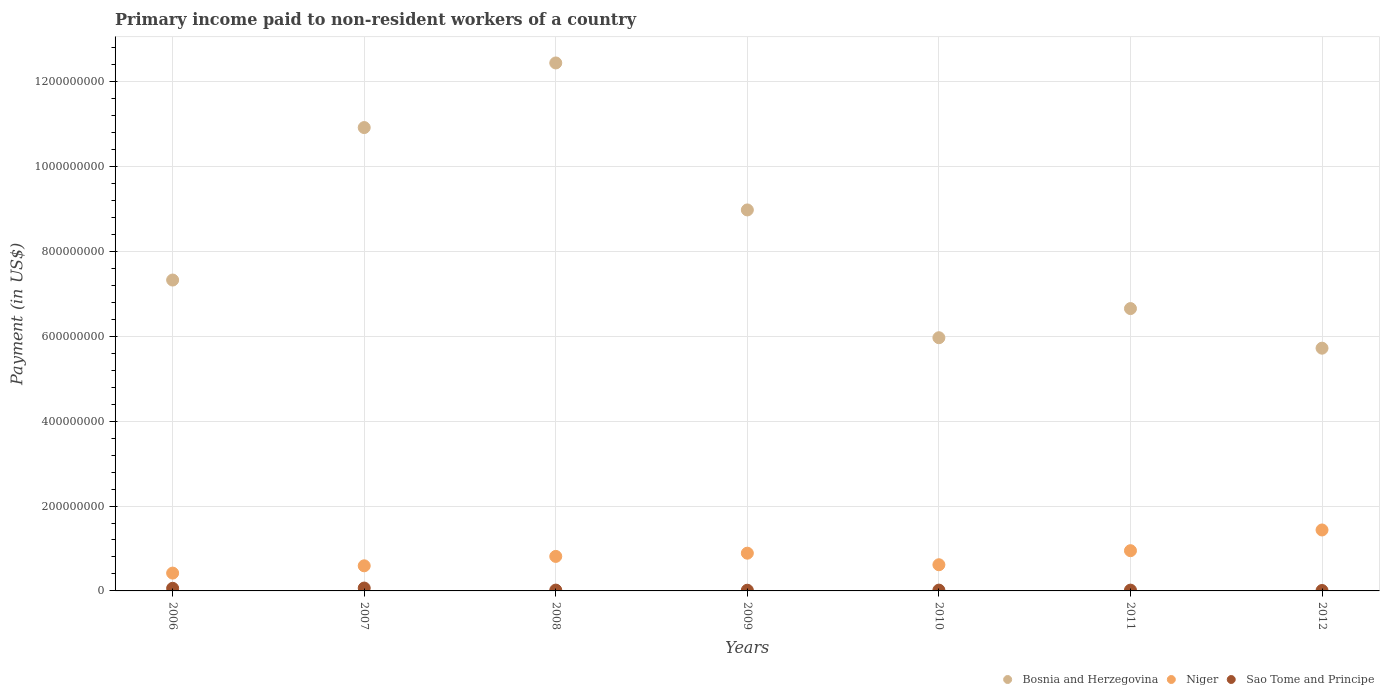
| Years | Bosnia and Herzegovina | Niger | Sao Tome and Principe |
 | --- | --- | --- | --- |
 | 2006 | 7.33e+08 | 4.2e+07 | 6.15e+06 |
 | 2007 | 1.09e+09 | 5.92e+07 | 6.76e+06 |
 | 2008 | 1.24e+09 | 8.13e+07 | 1.94e+06 |
 | 2009 | 8.98e+08 | 8.89e+07 | 1.64e+06 |
 | 2010 | 5.97e+08 | 6.17e+07 | 1.89e+06 |
 | 2011 | 6.65e+08 | 9.48e+07 | 1.87e+06 |
 | 2012 | 5.72e+08 | 1.44e+08 | 1.02e+06 |